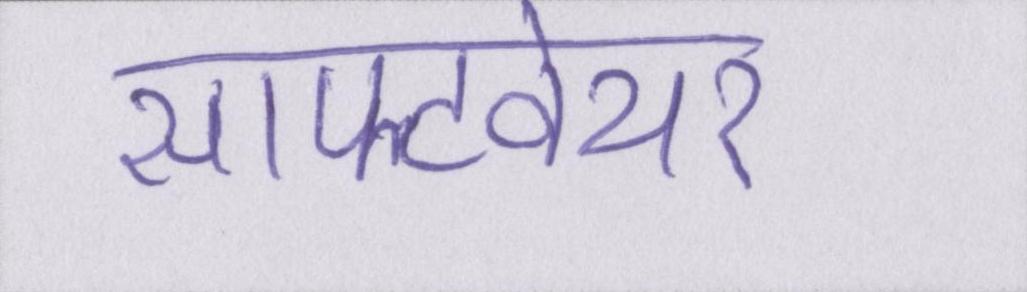
सॉफ्टवेयर